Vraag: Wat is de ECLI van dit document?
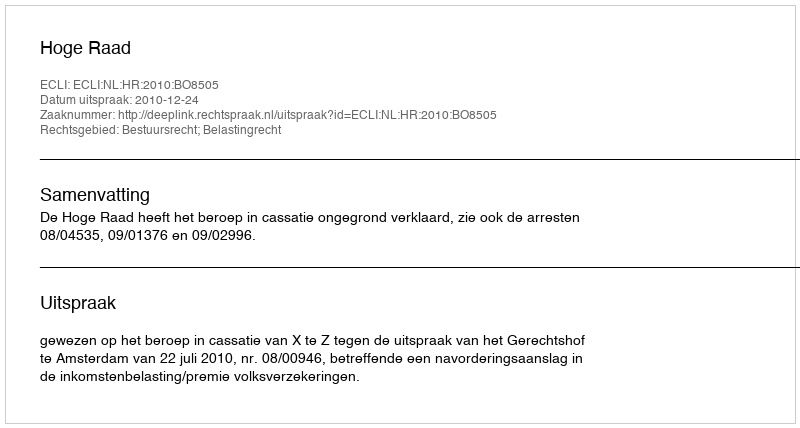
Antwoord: ECLI:NL:HR:2010:BO8505